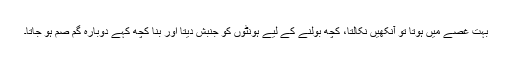
بہت غصّے میں ہوتا تو آنکھیں نکالتا، کچھ بولنے کے لیے ہونٹوں کو جنبش دیتا اور بنا کچھ کہے دوبارہ گم صم ہو جاتا۔